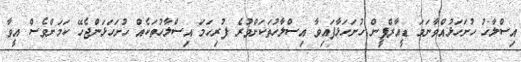
އިސްލާހު ހުށަހަޅުއްވާނަމަ ޑީއާރްޕީން ހުށަހަޅާފައިވާ އިސްލާހުތަކަށްވުރެ ފުރިހަމަ އިސްލާހުތަކެއް ހުށަހަޅަންޖެހޭ ކަމަށްވެސް އީވާ